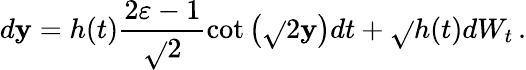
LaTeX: d\mathbf{y}=h(t)\frac{{2\varepsilon-1}}{{\sqrt{}{{2}}}}\cot\big(\sqrt{}{{2}}\mathbf{y}\big)dt+\sqrt{}{{h(t)}}dW_{t}\, .